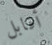
أقابل